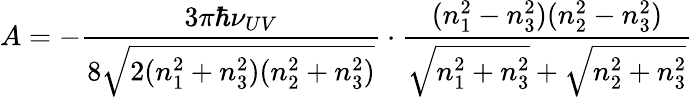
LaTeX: A=-\frac{3\pi\hbar\nu_{UV}}{8\sqrt{2(n_{1}^{2}+n_{3}^{2})(n_{2}^{2}+n_{3}^{2})}}\cdot\frac{(n_{1}^{2}-n_{3}^{2})(n_{2}^{2}-n_{3}^{2})}{\sqrt{n_{1}^{2}+n_{3}^{2}}+\sqrt{n_{2}^{2}+n_{3}^{2}}}